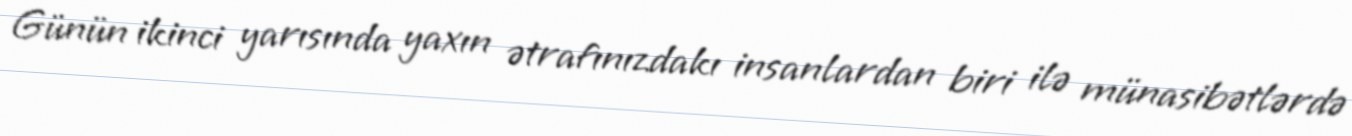
Günün ikinci yarısında yaxın ətrafınızdakı insanlardan biri ilə münasibətlərdə